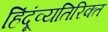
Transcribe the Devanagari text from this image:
हिंदूंव्यतिरिक्त